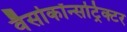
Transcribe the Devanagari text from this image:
वैसोकॉन्सट्रिक्टर